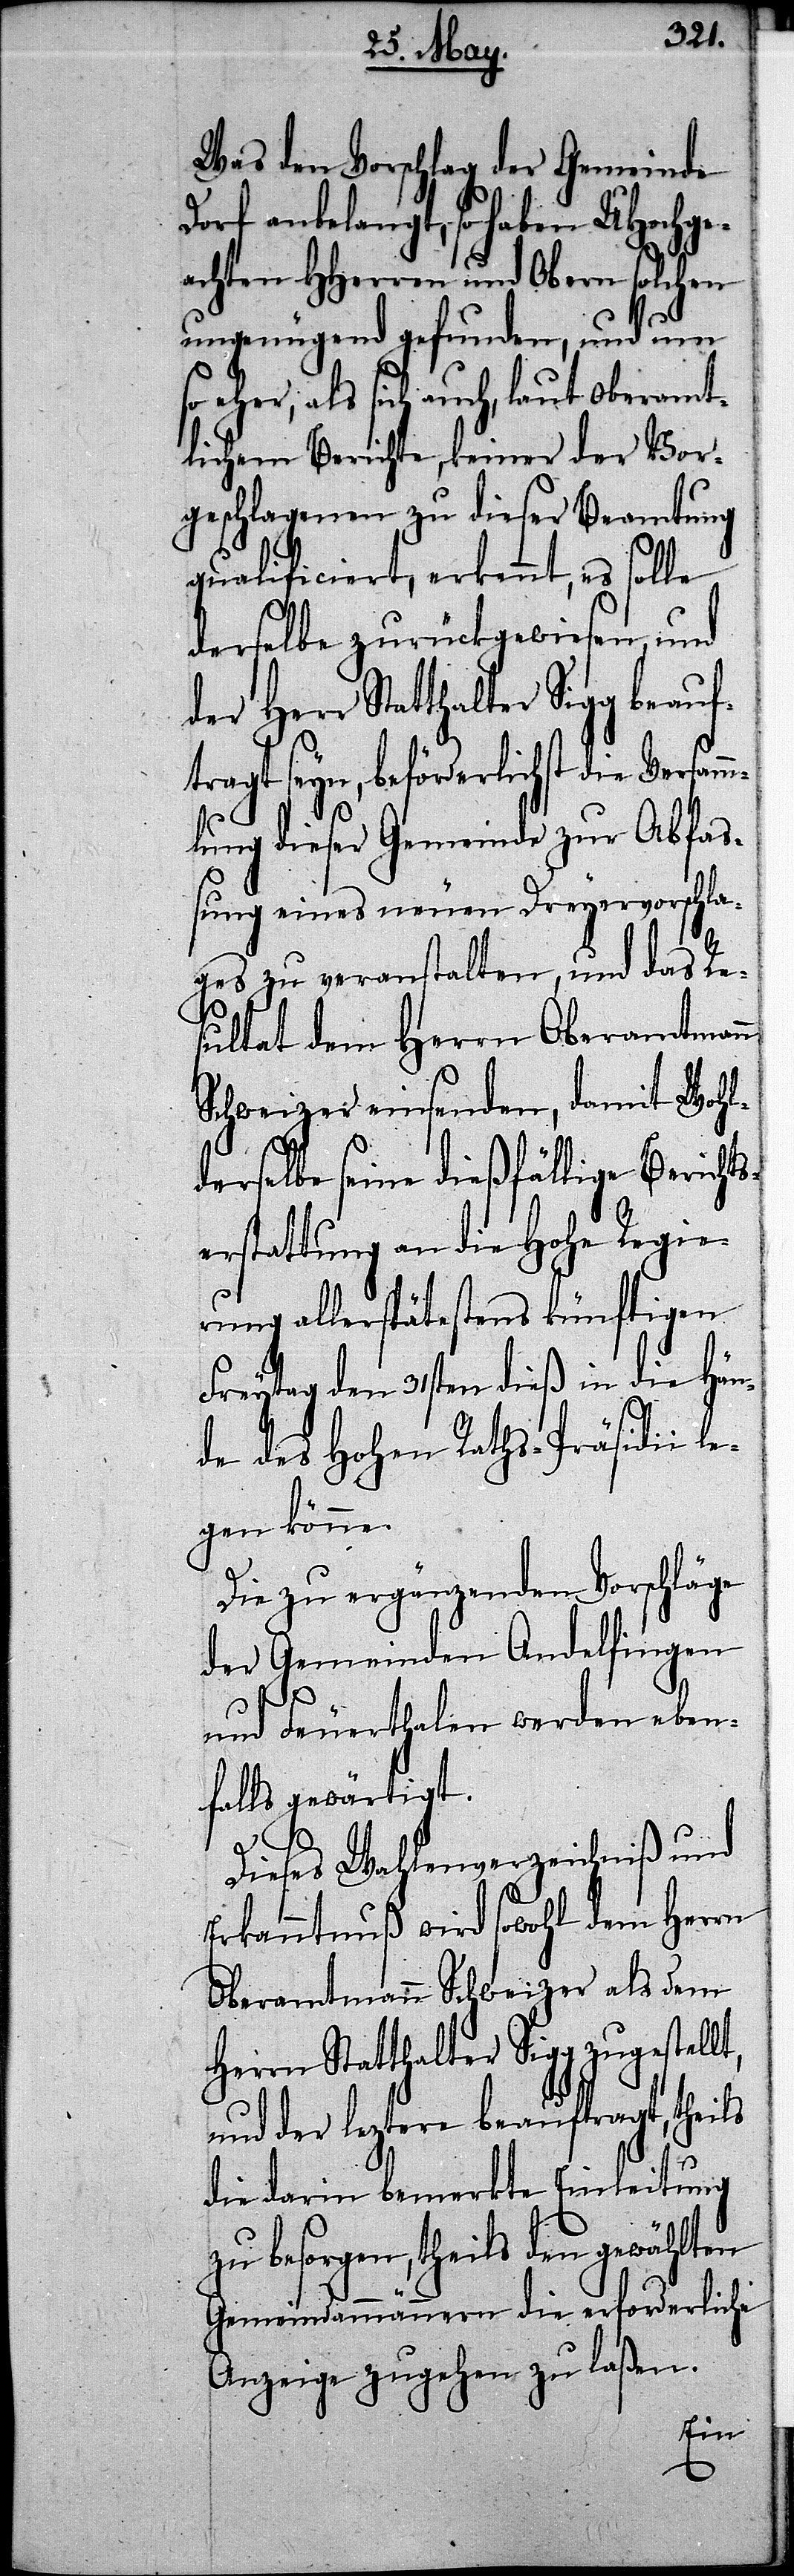
Was den Vorschlag der Gemeinde
Dorf anbelangt, so haben UHochge¬
achten HHerren und Obern solchen
ungenügend gefunden, und um
so eher, als sich auch, laut Oberamt¬
lichem Berichte, keiner der Vor¬
geschlagenen zu dieser Berathung
qualificiert, erkennt, es solle
derselbe zurückgewiesen, und
der Herr Statthalter Sigg beauf¬
tragt seyn, beförderlichst die Versam¬
mlung dieser Gemeinde zur Abfaß¬
ung eines neuen Dreyervorschla¬
ges zu veranstalten, und das Re¬
sultat dem Herrn Oberamtmann
Schweizer einsenden, damit Wohl¬
derselbe seine dießfällige Berichts¬
erstattung an die Hohe Regie¬
rung allerspätestens künftigen
Freytag den 31sten dieß in die Hän¬
de des Hohen Raths-Präsidii l¬
egen könne.
Die zu ergänzenden Vorschläge
der Gemeinden Andelfingen
ten
und Feuerthalen werden eben¬
falls gewärtigt.
Dieses Wahlenverzeichniß und
Erkanntnuß wird sowohl dem Herrn
Oberamtmann Schweizer als dem
rn Statthalter Sigg zugeste¬
und der leztere beauftragt, theils
die darin bemerkte Einleitung
besorgen, theils den gewähl¬
Gemeindammännern die erforderliche
Anzeige zugehen zu laßen.